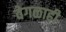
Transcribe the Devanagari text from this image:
वेगळाही